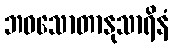
ဘဝသောတာနုသာရိနံ